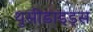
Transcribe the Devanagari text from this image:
थुसीडाइड्स